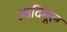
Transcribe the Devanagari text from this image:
आदिमूल